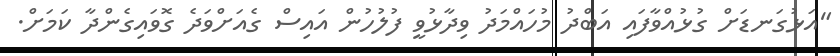
"އަޅުގަނޑަށް ގުޅުއްވާފައި އަބްދު މުހައްމަދު ވިދާޅުވީ ފުލުހުން އައިސް ގެއަށްވަދެ ގޮވައިގެންދާ ކަމަށް.